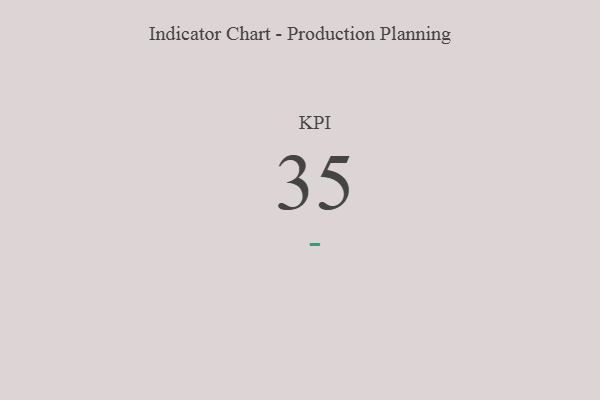
{"axis": {"x": "KPI", "y": "Value"}, "legend": [""], "data": [{"x": "KPI", "y": 35, "type": ""}]}